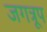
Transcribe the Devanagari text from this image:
जगत्रूप